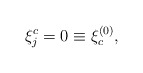
\begin{align*}\xi_j^c = 0 \equiv \xi_c^{(0)} ,\end{align*}